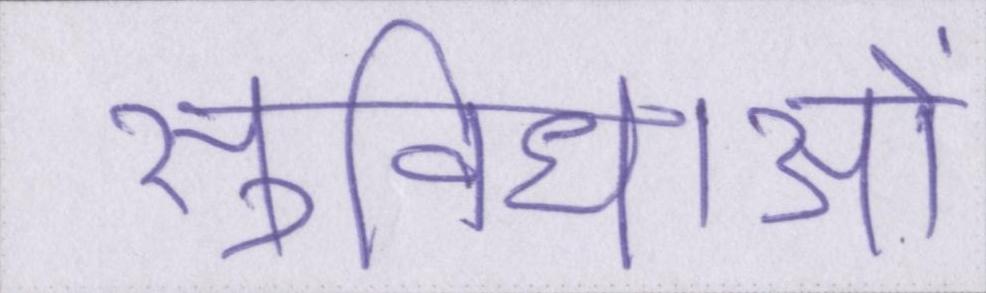
सुविधाओं